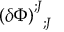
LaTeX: \left( \delta \Phi \right) _ { \; \; \, ; J } ^ { ; J }